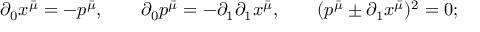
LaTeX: \qquad \partial _ { 0 } x ^ { \bar { \mu } } = - p ^ { \bar { \mu } } , \qquad \partial _ { 0 } p ^ { \bar { \mu } } = - \partial _ { 1 } \partial _ { 1 } x ^ { \bar { \mu } } , \qquad ( p ^ { \bar { \mu } } \pm \partial _ { 1 } x ^ { \bar { \mu } } ) ^ { 2 } = 0 ;